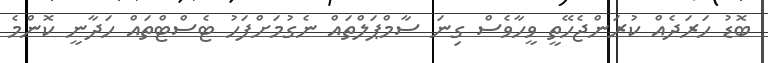
ބޮޑު ހަރަދެއް ކުރަންޖެހޭތީ ވީހާވެސް ގިނަ ސާމްޕަލްތައް ނެގުމަށްފަހު ޓެސްޓްތައް ހަދާނީ ކޮންމެ